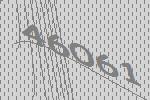
46061